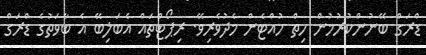
ޑްރަގް ބޭނުންކުރުމުން ހިތް ހުއްޓެން މެދުވެރިވޭ. ރިޕޯޓްތައް އެބަލިބޭ އެ ބާވަތުގެ ޑްރަގް